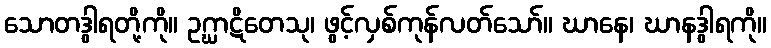
သောတဒွါရတို့ကို။ ဥဂ္ဃာဋိတေသု၊ ဖွင့်လှစ်ကုန်လတ်သော်။ ဃာနေ၊ ဃာနဒွါရကို။